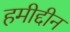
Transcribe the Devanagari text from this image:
हमीद्दीन